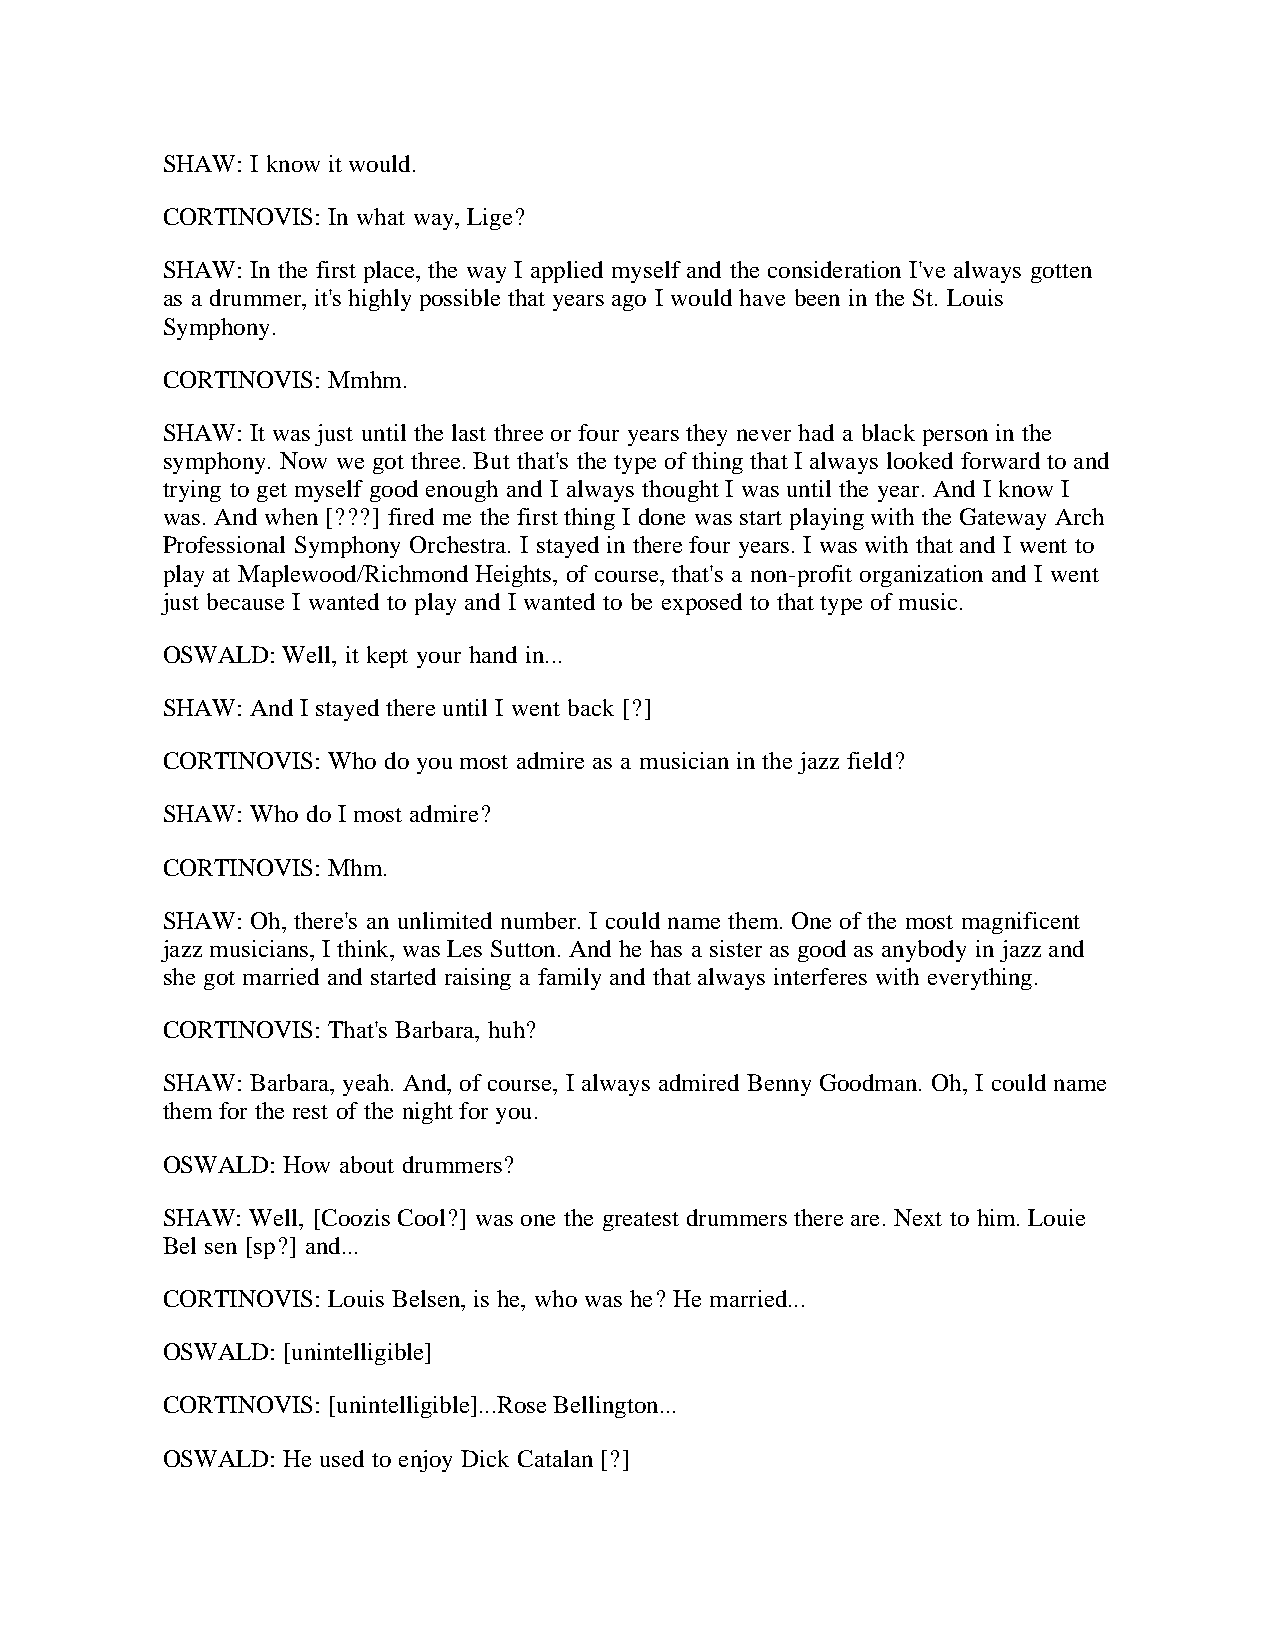
SHAW: I know it would.
 CORTINOVIS: In what way, Lige?
 SHAW: In the first place, the way I applied myself and the consideration I've always gotten
 as a drummer, it's highly possible that years ago I would have been in the St. Louis
 Symphony.
 CORTINOVIS: Mmhm.
 SHAW: It was just until the last three or four years they never had a black person in the
 symphony. Now we got three. But that's the type of thing that I always looked forward to and
 trying to get myself good enough and I always thought I was until the year. And I know I
 was. And when [???] fired me the first thing I done was start playing with the Gateway Arch
 Professional Symphony Orchestra. I stayed in there four years. I was with that and I went to
 play at Maplewood/Richmond Heights, of course, that's a non-profit organization and I went
 just because I wanted to play and I wanted to be exposed to that type of music.
 OSWALD: Well, it kept your hand in...
 SHAW: And I stayed there until I went back [?]
 CORTINOVIS: Who do you most admire as a musician in the jazz field?
 SHAW: Who do I most admire?
 CORTINOVIS: Mhm.
 SHAW: Oh, there's an unlimited number. I could name them. One of the most magnificent
 jazz musicians, I think, was Les Sutton. And he has a sister as good as anybody in jazz and
 she got married and started raising a family and that always interferes with everything.
 CORTINOVIS: That's Barbara, huh?
 SHAW: Barbara, yeah. And, of course, I always admired Benny Goodman. Oh, I could name
 them for the rest of the night for you.
 OSWALD: How about drummers?
 SHAW: Well, [Coozis Cool?] was one the greatest drummers there are. Next to him. Louie
 Bel sen [sp?] and...
 CORTINOVIS: Louis Belsen, is he, who was he? He married...
 OSWALD: [unintelligible]
 CORTINOVIS: [unintelligible]...Rose Bellington...
 OSWALD: He used to enjoy Dick Catalan [?]